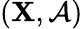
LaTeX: (\mathbf{X},{\mathcal{{A}}})